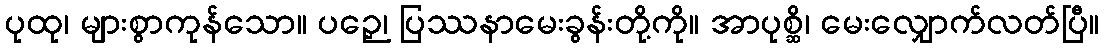
ပုထု၊ များစွာကုန်သော။ ပဉှေ၊ ပြဿနာမေးခွန်းတို့ကို။ အာပုစ္ဆိ၊ မေးလျှောက်လတ်ပြီ။